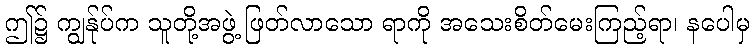
ဤ၌ ကျွန်ုပ်က သူတို့အဖွဲ့ ဖြတ်လာသော ရာကို အသေးစိတ်မေးကြည့်ရာ၊ နပေါမှ